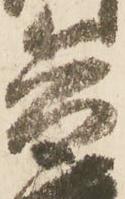
兵